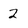
Character: 2